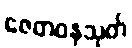
ဇေတဝနသုတ်